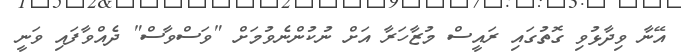
އޭނާ ވިދާޅުވި ގޮތުގައި ރައީސް މުޒާހަރާ އަށް ނުކުންނެވުމަށް "ވަސްވާސް" ދެއްވާފައި ވަނީ